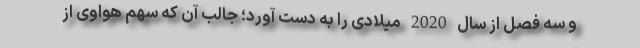
و سه فصل از سال 2020 میلادی را به دست آورد؛ جالب آن که سهم هواوی از